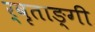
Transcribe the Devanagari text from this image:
र्वृताङ्गी